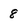
Character: 8